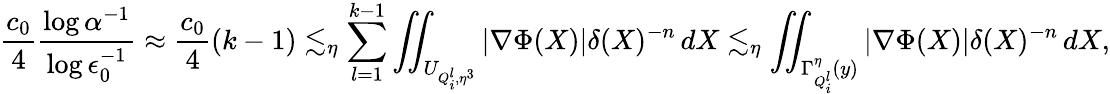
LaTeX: \frac{c_{0}}{4}\frac{\log\alpha^{-1}}{\log\epsilon_{0}^{-1}}\approx\frac{c_{0}}{4}(k-1)\lesssim_{\eta}\sum_{l=1}^{k-1}\iint_{U_{Q_{i}^{l},\eta^{3}}}|\nabla\Phi(X)|\delta(X)^{-n}\, dX\lesssim_{\eta}\iint_{\Gamma_{Q_{i}^{l}}^{\eta}(y)}|\nabla\Phi(X)|\delta(X)^{-n}\, dX,